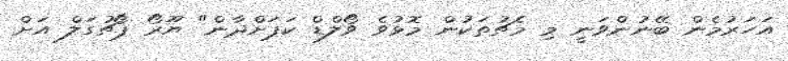
އަހަރުމެން ބޭނުންވަނީ މި މެޗުތަކުން މޮޅުވެ ވޯލްޑް ކަޕަށްދާން" ޔޫރޯ ޕޯޗުގަލް އަށް